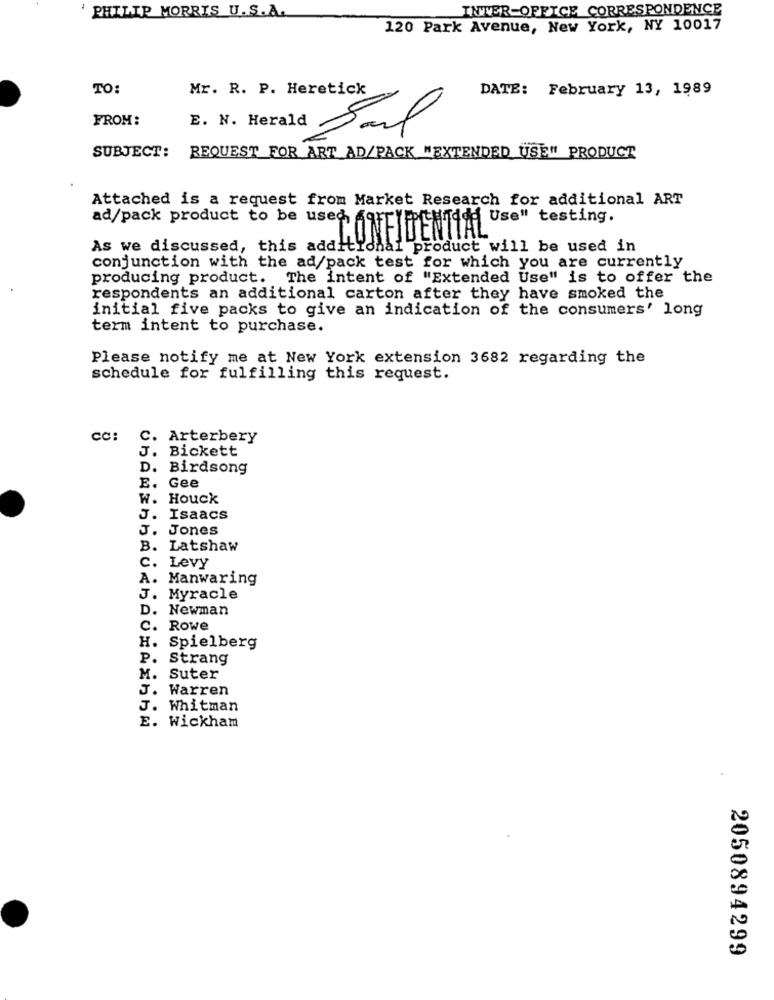
INTER-OFFICE CORRESPONDENCE
PHILIP MORRIS U.S.A.
120 Park Avenue, New York, NY 10017
TO:
Mr. R. P. Heretick
DATE: February 13, 1989
FROM:
E. N. Herald Sal
SUBJECT: REQUEST FOR ART AD/PACK "EXTENDED USE" PRODUCT
Attached is a request from Market Research for additional ART
ad/pack product to be used for
CONFIDENTIAL Use" testing,
As we discussed, this additional product will be used in
conjunction with the ad/pack test for which you are currently
producing product. The intent of "Extended Use" is to offer the
respondents an additional carton after they have smoked the
initial five packs to give an indication of the consumers' long
term intent to purchase.
Please notify me at New York extension 3682 regarding the
schedule for fulfilling this request.
CC:
C. Arterbery
J. Bickett
D. Birdsong
E. Gee
W. Houck
J. Isaacs
J. Jones
B. Latshaw
C. Levy
A. Manwaring
J. Myracle
D. Newman
c.
Rowe
H.
Spielberg
P. Strang
M. Suter
J. Warren
J. Whitman
E. Wickham
2050894299